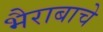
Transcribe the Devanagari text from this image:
भैराबाचे